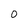
Character: 0